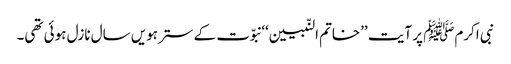
نبی اکرمﷺ پر آیت ’’خاتم النّبیین‘‘ نبوّت کے سترہویں سال نازل ہوئی تھی۔